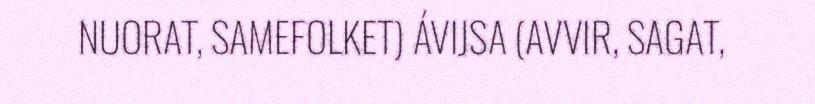
NUORAT, SAMEFOLKET) ÁVIJSA (AVVIR, SAGAT,